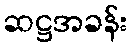
ဆဋ္ဌအခန်း